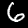
Label: 6